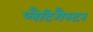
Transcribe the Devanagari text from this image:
प्लैटिगैस्टर